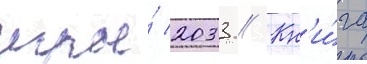
игры́ 2033 // Кн'и́га